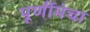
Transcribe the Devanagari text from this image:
पूर्णीमेचा